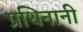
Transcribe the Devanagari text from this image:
प्रथिनानी